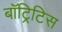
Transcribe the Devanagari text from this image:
बॉट्रिटिस